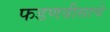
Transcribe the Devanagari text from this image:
फडणवीसाचे